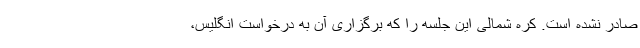
صادر نشده است. کره شمالی این جلسه را که برگزاری آن به درخواست انگلیس،